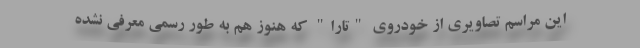
این مراسم تصاویری از خودروی "تارا" که هنوز هم به طور رسمی معرفی نشده